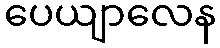
ပေယျာလေန